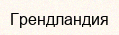
Грендландия